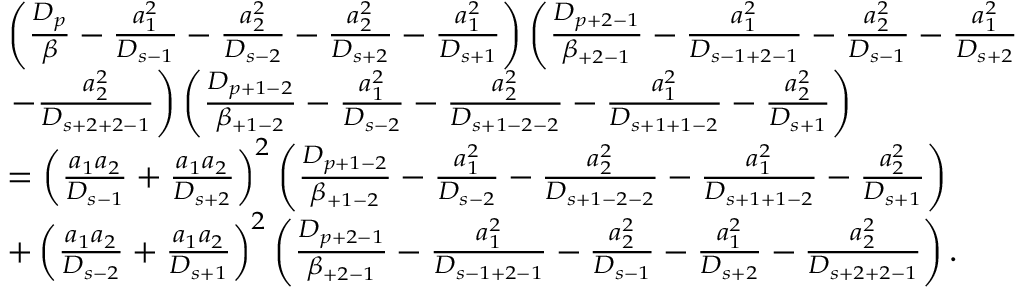
\begin{array} { r l } & { \left( \frac { D _ { p } } { \beta } - \frac { a _ { 1 } ^ { 2 } } { D _ { s - 1 } } - \frac { a _ { 2 } ^ { 2 } } { D _ { s - 2 } } - \frac { a _ { 2 } ^ { 2 } } { D _ { s + 2 } } - \frac { a _ { 1 } ^ { 2 } } { D _ { s + 1 } } \right) \left( \frac { D _ { p + 2 - 1 } } { \beta _ { + 2 - 1 } } - \frac { a _ { 1 } ^ { 2 } } { D _ { s - 1 + 2 - 1 } } - \frac { a _ { 2 } ^ { 2 } } { D _ { s - 1 } } - \frac { a _ { 1 } ^ { 2 } } { D _ { s + 2 } } \right. } \\ & { \left. - \frac { a _ { 2 } ^ { 2 } } { D _ { s + 2 + 2 - 1 } } \right) \left( \frac { D _ { p + 1 - 2 } } { \beta _ { + 1 - 2 } } - \frac { a _ { 1 } ^ { 2 } } { D _ { s - 2 } } - \frac { a _ { 2 } ^ { 2 } } { D _ { s + 1 - 2 - 2 } } - \frac { a _ { 1 } ^ { 2 } } { D _ { s + 1 + 1 - 2 } } - \frac { a _ { 2 } ^ { 2 } } { D _ { s + 1 } } \right) } \\ & { = \left( \frac { a _ { 1 } a _ { 2 } } { D _ { s - 1 } } + \frac { a _ { 1 } a _ { 2 } } { D _ { s + 2 } } \right) ^ { 2 } \left( \frac { D _ { p + 1 - 2 } } { \beta _ { + 1 - 2 } } - \frac { a _ { 1 } ^ { 2 } } { D _ { s - 2 } } - \frac { a _ { 2 } ^ { 2 } } { D _ { s + 1 - 2 - 2 } } - \frac { a _ { 1 } ^ { 2 } } { D _ { s + 1 + 1 - 2 } } - \frac { a _ { 2 } ^ { 2 } } { D _ { s + 1 } } \right) } \\ & { + \left( \frac { a _ { 1 } a _ { 2 } } { D _ { s - 2 } } + \frac { a _ { 1 } a _ { 2 } } { D _ { s + 1 } } \right) ^ { 2 } \left( \frac { D _ { p + 2 - 1 } } { \beta _ { + 2 - 1 } } - \frac { a _ { 1 } ^ { 2 } } { D _ { s - 1 + 2 - 1 } } - \frac { a _ { 2 } ^ { 2 } } { D _ { s - 1 } } - \frac { a _ { 1 } ^ { 2 } } { D _ { s + 2 } } - \frac { a _ { 2 } ^ { 2 } } { D _ { s + 2 + 2 - 1 } } \right) . } \end{array}